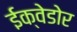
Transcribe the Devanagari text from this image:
ईक्वेडोर